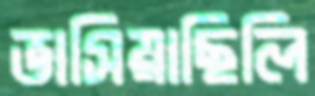
ভাসিয়াছিলি